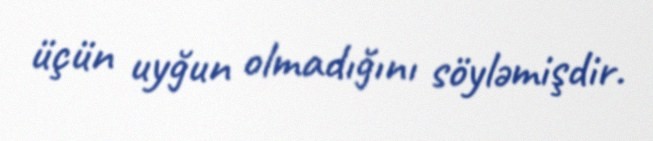
üçün uyğun olmadığını söyləmişdir.